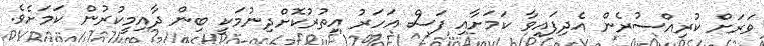
ވަރަށް ކުރިއްސުރެން އެދިފައިވާ ކަމަށާއި ފަސް އަހަރު އިތުރުކޮށްދިނުމަކީ ބިން ދާއިމީކުރުން ކަމަށެވެ.